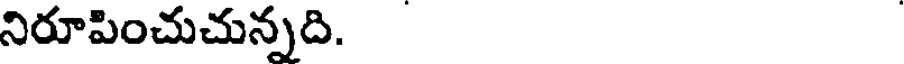
నిరూపించుచున్నది.